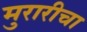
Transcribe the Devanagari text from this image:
मुरारीचा